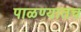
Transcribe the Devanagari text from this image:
पाळण्यातच